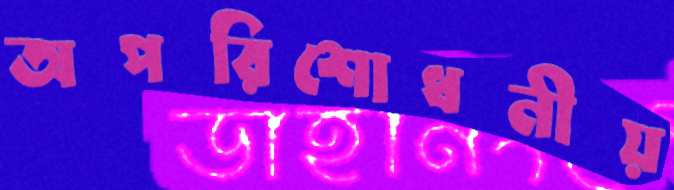
অপরিশোধনীয়